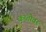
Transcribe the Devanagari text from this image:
क्रांतीवर